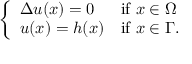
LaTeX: \left\{ \begin{array} { l l } { \Delta u ( x ) = 0 } & { { \mathrm { i f ~ } } x \in \Omega } \\ { u ( x ) = h ( x ) } & { { \mathrm { i f ~ } } x \in \Gamma . } \end{array} \right.